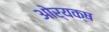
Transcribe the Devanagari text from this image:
ओर्यक्ष